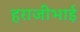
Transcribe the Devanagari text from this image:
हराजीभाई